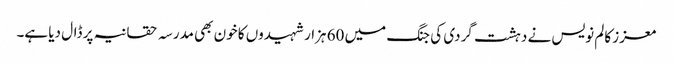
معزز کالم نویس نے دہشت گردی کی جنگ میں 60 ہزار شہیدوں کا خون بھی مدرسہ حقانیہ پر ڈال دیا ہے۔